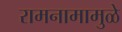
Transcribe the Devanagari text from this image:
रामनामामुळे